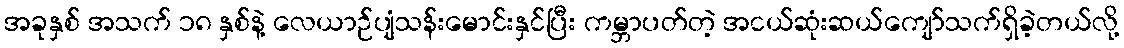
အခုနှစ် အသက် ၁၈ နှစ်နဲ့ လေယာဉ်ပျံသန်းမောင်းနှင်ပြီး ကမ္ဘာပတ်တဲ့ အငယ်ဆုံးဆယ်ကျော်သက်ရှိခဲ့တယ်လို့